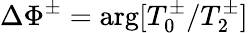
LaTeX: \Delta\Phi^{\pm}=\arg[T_{0}^{\pm}/T_{2}^{\pm}]